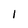
Character: l